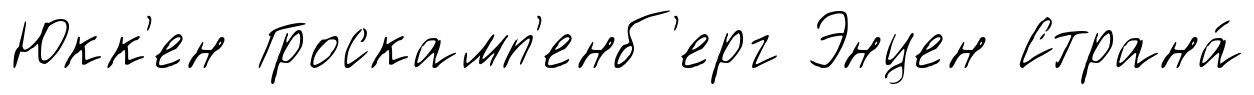
Юкк'ен Гроскамп'енб'ерг Энцен Страна́